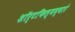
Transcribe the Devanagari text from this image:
शॉर्टफिल्मद्वारे